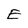
Character: E